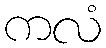
ကလံ